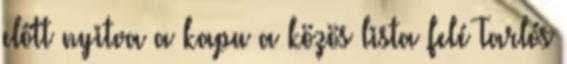
előtt nyitva a kapu a közös lista felé Tarlós